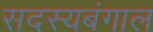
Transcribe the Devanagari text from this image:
सदस्यबंगाल